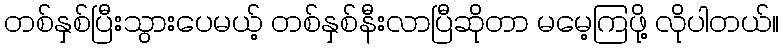
တစ်နှစ်ပြီးသွားပေမယ့် တစ်နှစ်နီးလာပြီဆိုတာ မမေ့ကြဖို့ လိုပါတယ်။